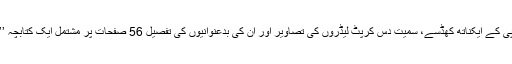
شیو سینا کے صدر دفتر سے تو باضابطہ بی جے پی کے ایکناتھ کھڈسے، سمیت دس کرپٹ لیڈروں کی تصاویر اور ان کی بدعنوانیوں کی تفصیل 56 صفحات پر مشتمل ایک کتابچہ ’’ گھوٹالے باز بھاجپ‘‘ کے نام ہی شائع کر دیا ہے۔